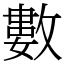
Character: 數